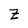
Character: Z